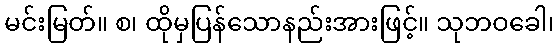
မင်းမြတ်။ စ၊ ထိုမှပြန်သောနည်းအားဖြင့်။ သုဘဝခေါ၊